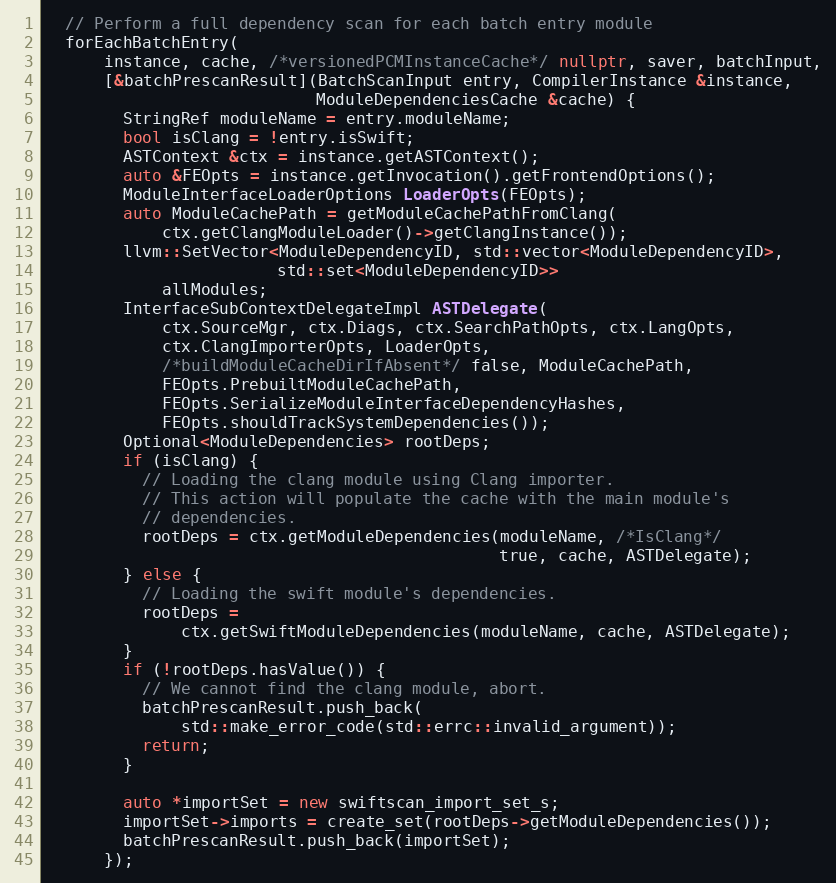
Language: C++
  // Perform a full dependency scan for each batch entry module
  forEachBatchEntry(
      instance, cache, /*versionedPCMInstanceCache*/ nullptr, saver, batchInput,
      [&batchPrescanResult](BatchScanInput entry, CompilerInstance &instance,
                            ModuleDependenciesCache &cache) {
        StringRef moduleName = entry.moduleName;
        bool isClang = !entry.isSwift;
        ASTContext &ctx = instance.getASTContext();
        auto &FEOpts = instance.getInvocation().getFrontendOptions();
        ModuleInterfaceLoaderOptions LoaderOpts(FEOpts);
        auto ModuleCachePath = getModuleCachePathFromClang(
            ctx.getClangModuleLoader()->getClangInstance());
        llvm::SetVector<ModuleDependencyID, std::vector<ModuleDependencyID>,
                        std::set<ModuleDependencyID>>
            allModules;
        InterfaceSubContextDelegateImpl ASTDelegate(
            ctx.SourceMgr, ctx.Diags, ctx.SearchPathOpts, ctx.LangOpts,
            ctx.ClangImporterOpts, LoaderOpts,
            /*buildModuleCacheDirIfAbsent*/ false, ModuleCachePath,
            FEOpts.PrebuiltModuleCachePath,
            FEOpts.SerializeModuleInterfaceDependencyHashes,
            FEOpts.shouldTrackSystemDependencies());
        Optional<ModuleDependencies> rootDeps;
        if (isClang) {
          // Loading the clang module using Clang importer.
          // This action will populate the cache with the main module's
          // dependencies.
          rootDeps = ctx.getModuleDependencies(moduleName, /*IsClang*/
                                               true, cache, ASTDelegate);
        } else {
          // Loading the swift module's dependencies.
          rootDeps =
              ctx.getSwiftModuleDependencies(moduleName, cache, ASTDelegate);
        }
        if (!rootDeps.hasValue()) {
          // We cannot find the clang module, abort.
          batchPrescanResult.push_back(
              std::make_error_code(std::errc::invalid_argument));
          return;
        }

        auto *importSet = new swiftscan_import_set_s;
        importSet->imports = create_set(rootDeps->getModuleDependencies());
        batchPrescanResult.push_back(importSet);
      });